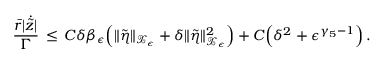
\frac { \bar { r } | \dot { \tilde { z } } | } { \Gamma } \, \le \, C \delta \beta _ { \epsilon } \Bigl ( \| \tilde { \eta } \| _ { \mathcal { X } _ { \epsilon } } + \delta \| \tilde { \eta } \| _ { \mathcal { X } _ { \epsilon } } ^ { 2 } \Bigr ) + C \Bigl ( \delta ^ { 2 } + \epsilon ^ { \gamma _ { 5 } - 1 } \Bigr ) \, .